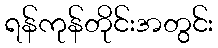
ရန်ကုန်တိုင်းအတွင်း